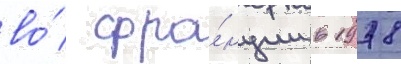
во́ фра́нции в 1978